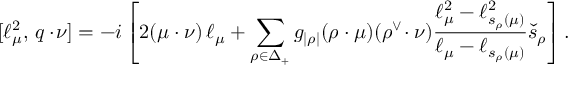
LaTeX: [ \ell _ { \mu } ^ { 2 } , \, q \cdot \! \nu ] = - i \left[ 2 ( \mu \cdot \nu ) \, \ell _ { \mu } + \sum _ { \rho \in \Delta _ { + } } g _ { | \rho | } ( \rho \cdot \mu ) ( \rho ^ { \vee } \! \cdot \nu ) \frac { \ell _ { \mu } ^ { 2 } - \ell _ { s _ { \rho } ( \mu ) } ^ { 2 } } { \ell _ { \mu } - \ell _ { s _ { \rho } ( \mu ) } } \check { s } _ { \rho } \right] .